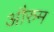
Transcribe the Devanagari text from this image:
औरुम